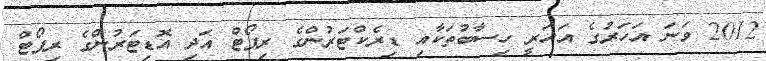
2012 ވަނަ އަހަރުގެ އަހަރީ ހިސާބުތަކާއި ޑިރެކްޓަރުންގެ ރިޕޯޓް އަދި އޮޑިޓަރުންގެ ރިޕޯޓް